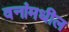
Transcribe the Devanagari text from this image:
वनांमधील